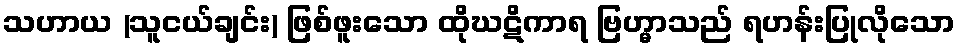
သဟာယ (သူငယ်ချင်း) ဖြစ်ဖူးသော ထိုဃဋိကာရ ဗြဟ္မာသည် ရဟန်းပြုလိုသော